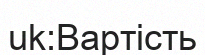
uk:Вартість